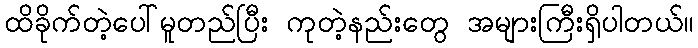
ထိခိုက်တဲ့ပေါ်မူတည်ပြီး ကုတဲ့နည်းတွေ အများကြီးရှိပါတယ်။